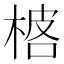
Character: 𬃓